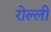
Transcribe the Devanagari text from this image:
रोल्ली